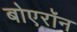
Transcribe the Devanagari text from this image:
बोएरॉन